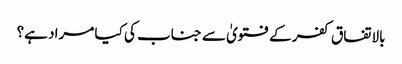
بالاتفاق کفر کے فتویٰ سے جناب کی کیا مراد ہے؟